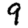
Digit: 9